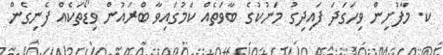
ކ. މާފުށިން ވިހަގަދަ ފައިދިގު މަނުކުގެ ބާވަތެއް ކަމުގައިވާ ބްރައުން ވިޑޯތަކެއް ފެނިގެން